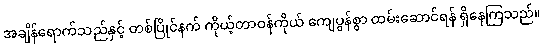
အချိန်ရောက်သည်နှင့် တစ်ပြိုင်နက် ကိုယ့်တာဝန်ကိုယ် ကျေပွန်စွာ ထမ်းဆောင်ရန် ရှိနေကြသည်။